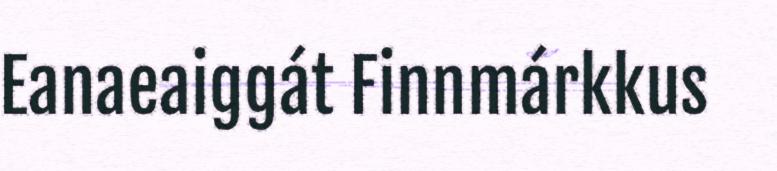
Eanaeaiggát Finnmárkkus